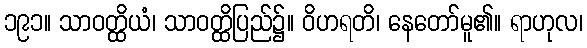
၁၉၁။ သာဝတ္ထိယံ၊ သာဝတ္ထိပြည်၌။ ဝိဟရတိ၊ နေတော်မူ၏။ ရာဟုလ၊